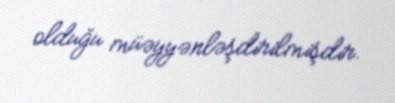
olduğu müəyyənləşdirilmişdir.